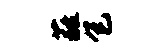
蕤包